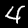
Label: 4